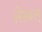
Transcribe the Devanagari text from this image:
लेस्बस्